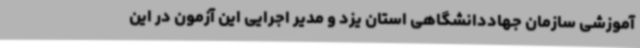
آموزشی سازمان جهاددانشگاهی استان یزد و مدیر اجرایی این آزمون در این